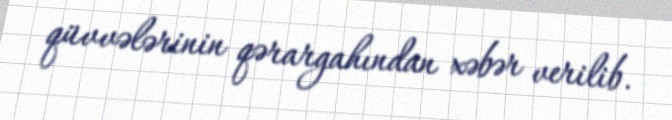
qüvvələrinin qərargahından xəbər verilib.